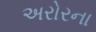
અરોરના